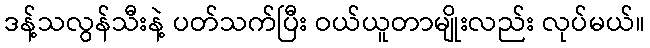
ဒန့်သလွန်သီးနဲ့ ပတ်သက်ပြီး ဝယ်ယူတာမျိုးလည်း လုပ်မယ်။